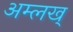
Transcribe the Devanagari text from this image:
अम्लख्